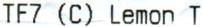
TF7 (C) LEMON T